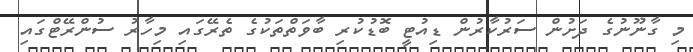
މި ގާނޫނުގެ ދަށުން ސަރުކާރުން ޑިއުޓީ ބޮޑުކުރި ބާވަތްތަކުގެ ތެރޭގައި މިހާރު ސުންރޭޓްގައި